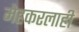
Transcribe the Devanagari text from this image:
मेहकरलाही